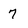
Character: 7